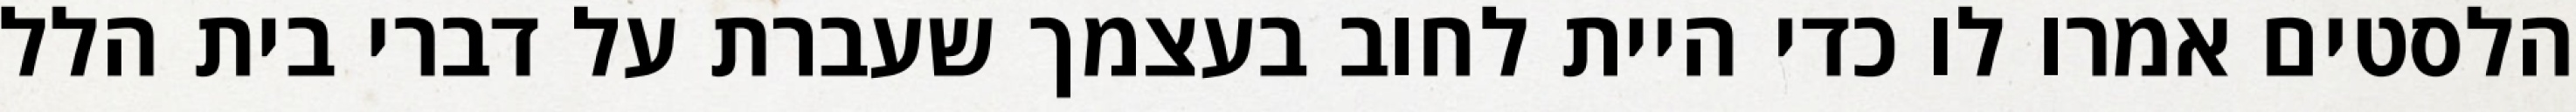
הלסטים אמרו לו כדי היית לחוב בעצמך שעברת על דברי בית הלל